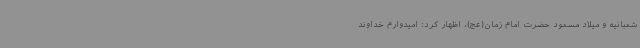
شعبانیه و میلاد مسعود حضرت امام زمان(عج)، اظهار کرد: امیدوارم خداوند